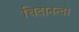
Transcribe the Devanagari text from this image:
चिदानन्दा